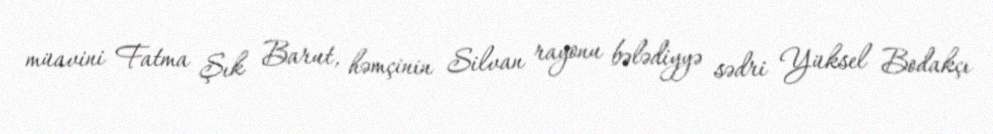
müavini Fatma Şık Barut, həmçinin Silvan rayonu bələdiyyə sədri Yüksel Bodakçı